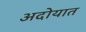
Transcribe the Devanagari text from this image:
अदोयात